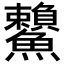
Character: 𩽓